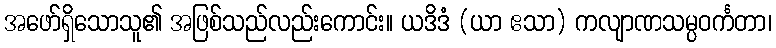
အဖော်ရှိသောသူ၏ အဖြစ်သည်လည်းကောင်း။ ယဒိဒံ (ယာ ဧသာ) ကလျာဏသမ္ပဝင်္ကတာ၊